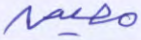
مصين